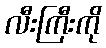
လီးကြီးကို